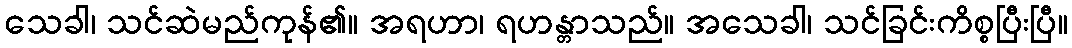
သေခါ၊ သင်ဆဲမည်ကုန်၏။ အရဟာ၊ ရဟန္တာသည်။ အသေခါ၊ သင်ခြင်းကိစ္စပြီးပြီ။